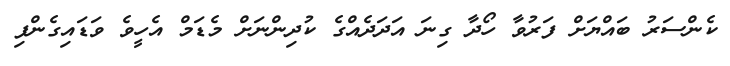
ކެންސަރު ބައްޔަށް ފަރުވާ ހޯދާ ގިނަ އަދަދެއްގެ ކުދިންނަށް މެޑަމް އެހީވެ ވަޑައިގެންފި